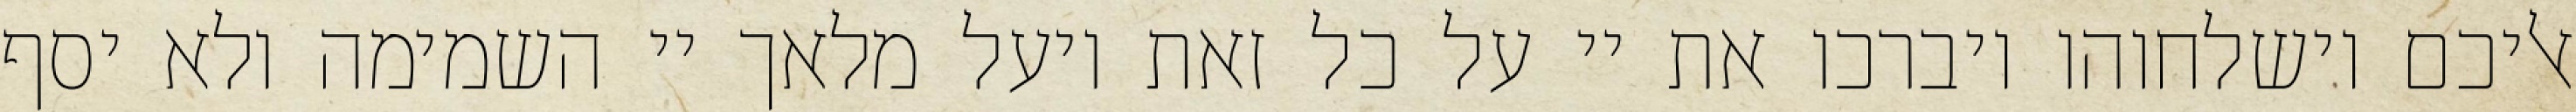
אליכם וישלחוהו ויברכו את יי על כל זאת ויעל מלאך יי השמימה ולא יסף